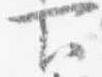
下